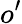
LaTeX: o^{\prime}